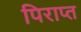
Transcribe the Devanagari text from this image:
पिराप्त